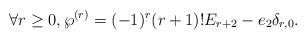
LaTeX: \begin{align*}\forall r\geq 0, \wp^{(r)}=(-1)^r(r+1)!E_{r+2}-e_2\delta_{r,0}. \end{align*}